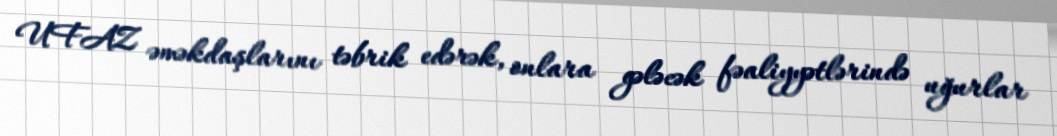
UFAZ əməkdaşlarını təbrik edərək, onlara gələcək fəaliyyətlərində uğurlar